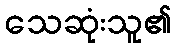
သေဆုံးသူ၏